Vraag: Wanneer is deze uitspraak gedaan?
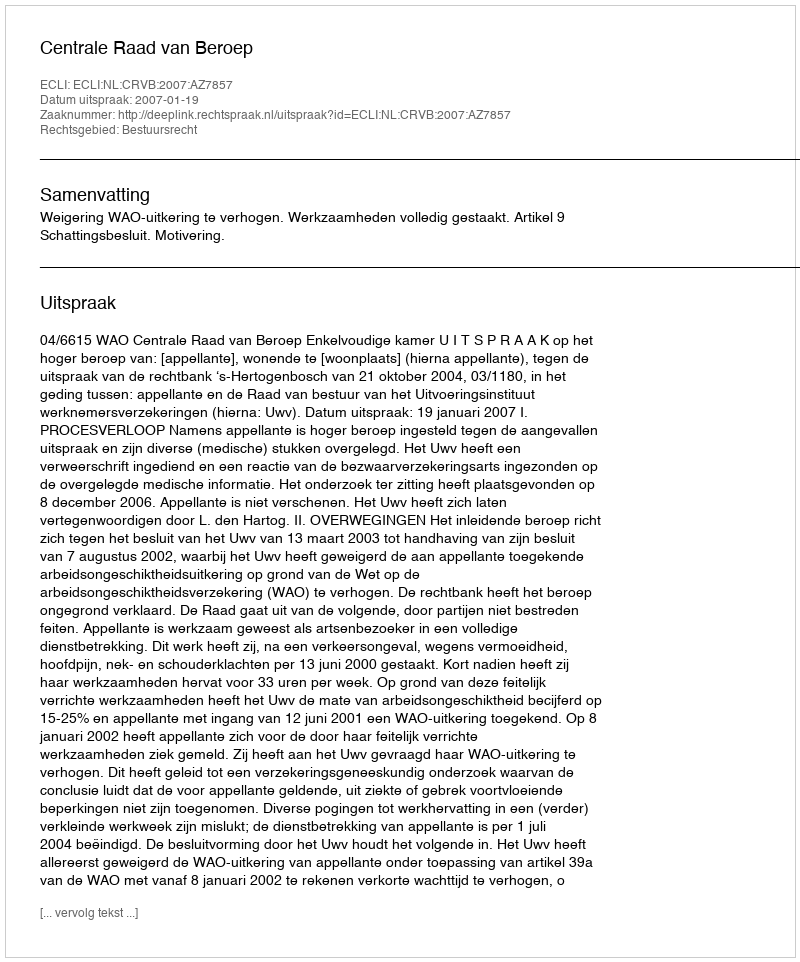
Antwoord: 2007-01-19